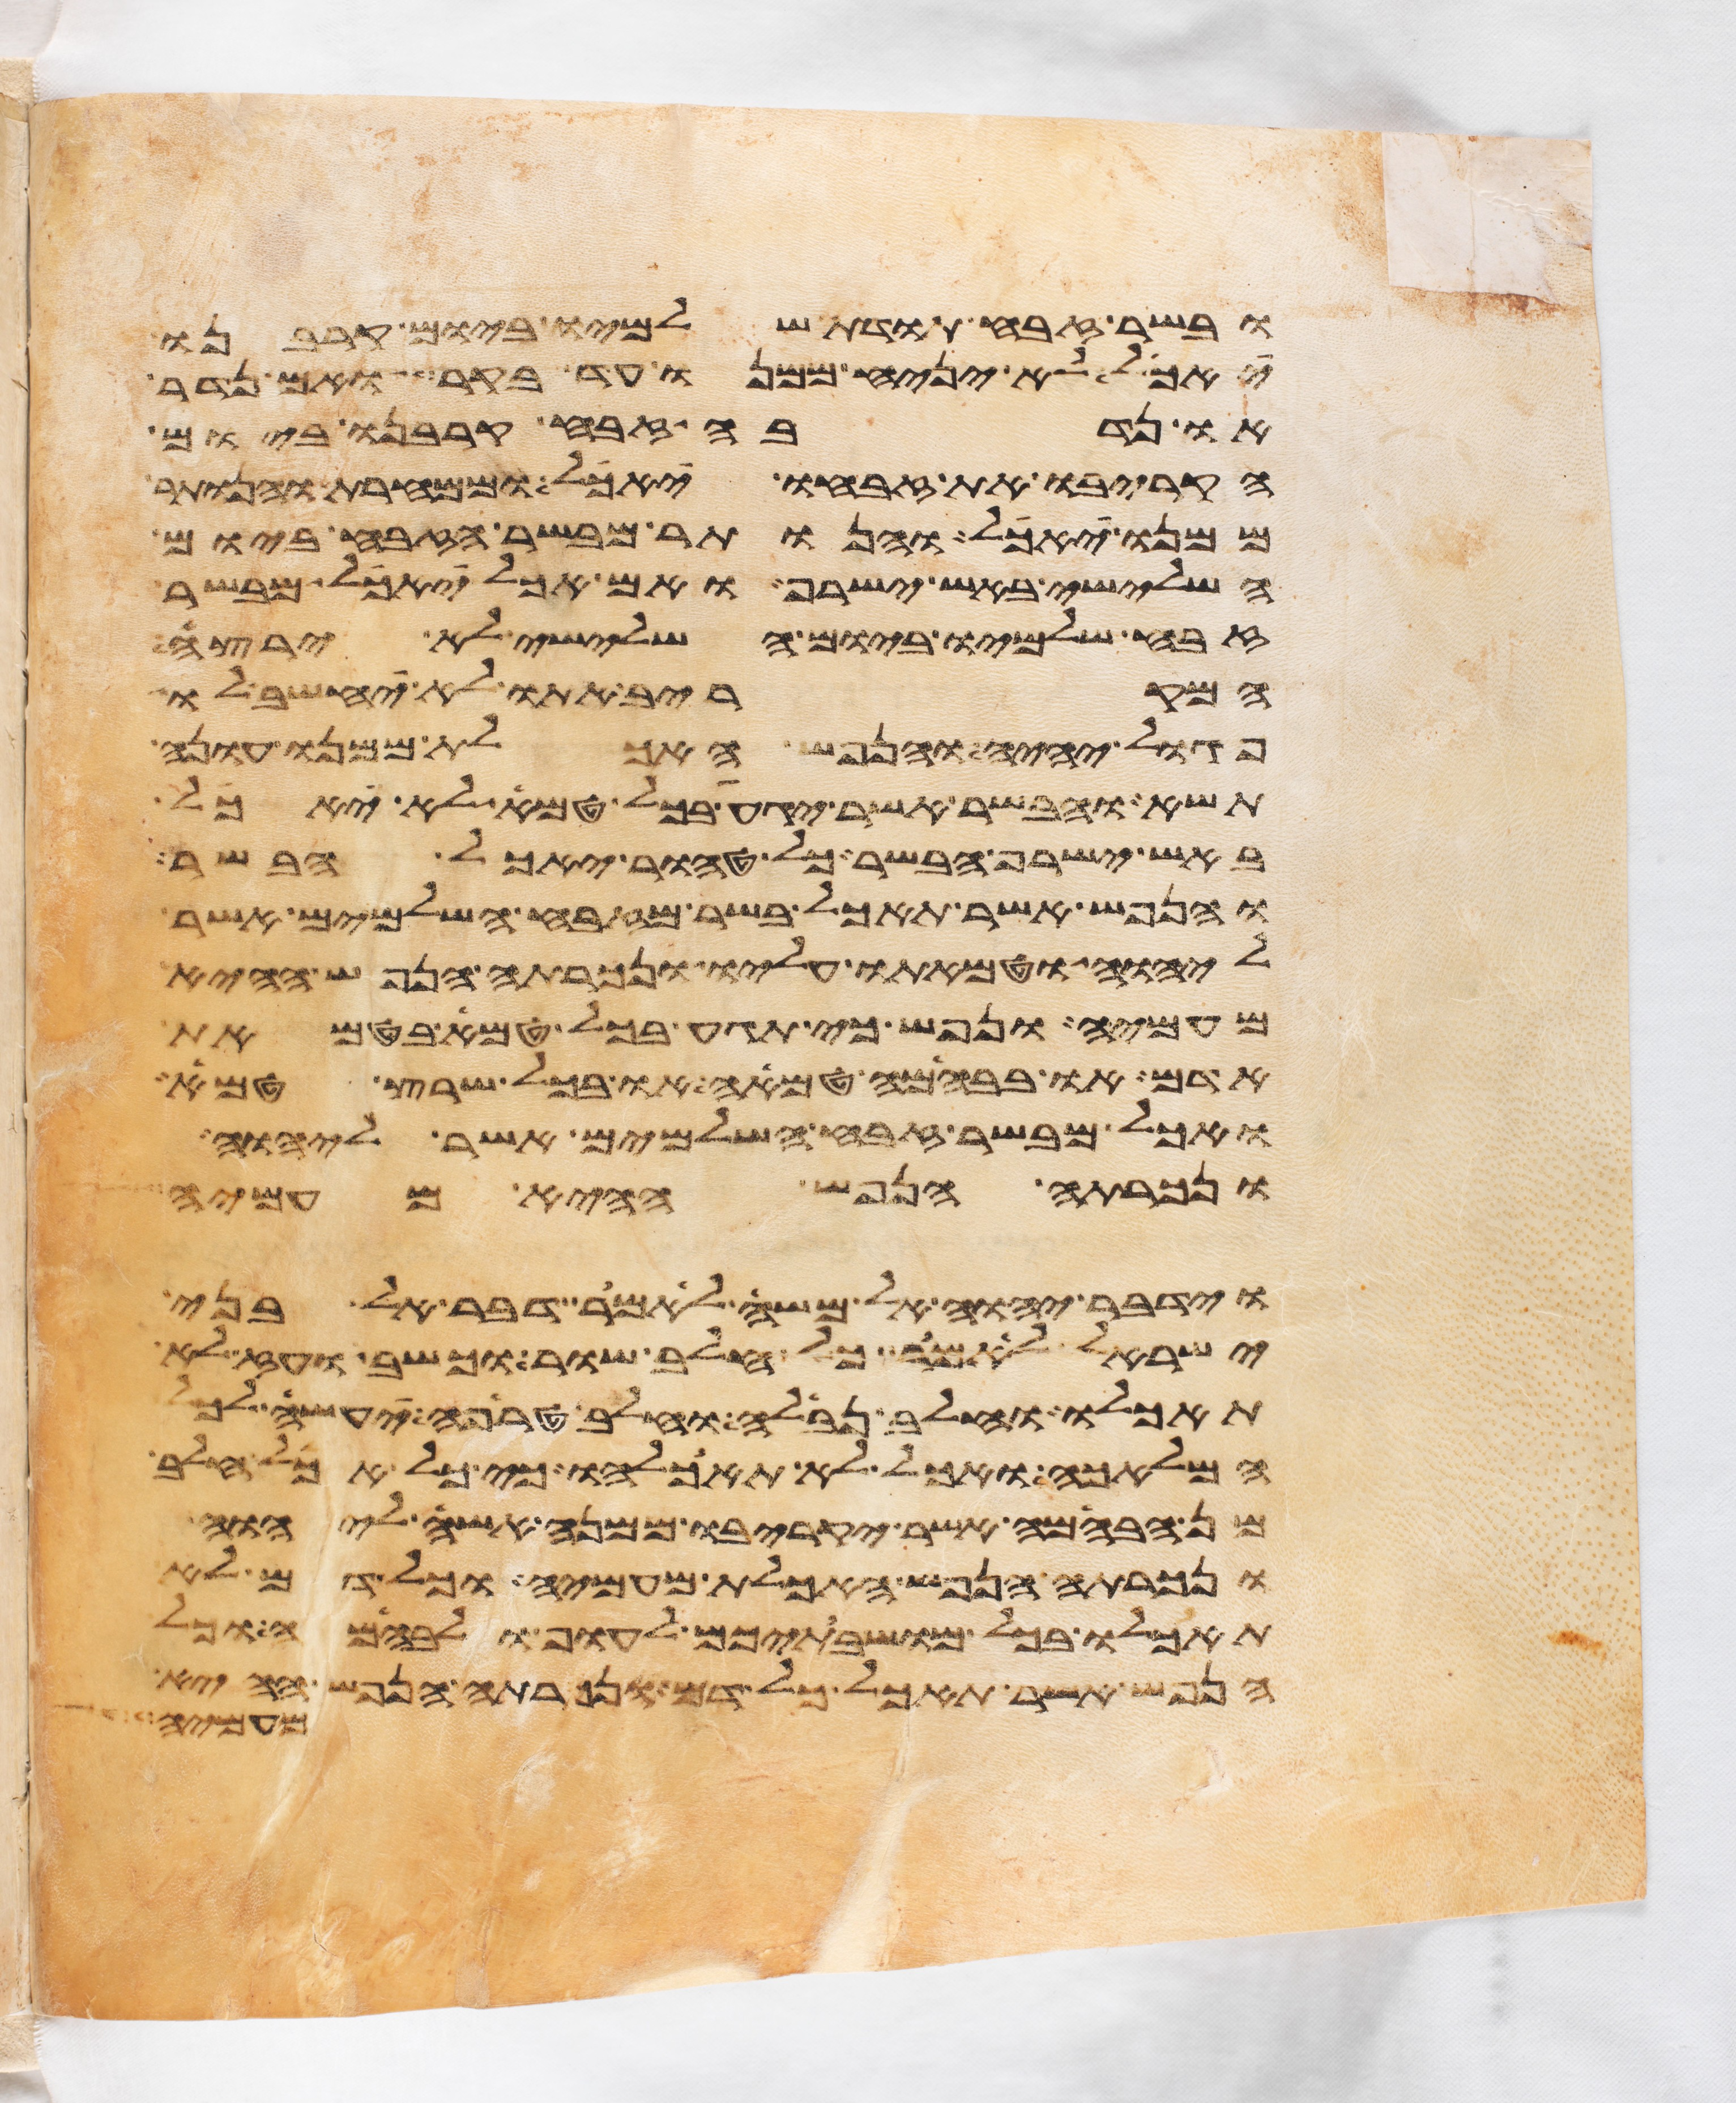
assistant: ובשר זבח תודת שלמיו ביום קרבנו
יאכל לא יניח ממנו עד בקר ואם נדר
או נדבה זבח קרבנו ביום
הקריבו את זבחו יאכל וממחרת והנותר
ממנו יאכל והנותר מבשר הזבח ביום
השלישי באש ישרף ואם אכל יאכל מבשר
זבח שלמיו ביום השלישי לא ירצה
המקריב אתו לא יחשב לו
פגול יהיה והנפש האכלת ממנו עונה
תשא והבשר אשר יגע בכל טמא לא יאכל
באש ישרף הבשר כל טהור יאכל בשר
והנפש אשר תאכל בשר מזבח השלמים אשר
ליהוה וטמאתו עליו ונכרתה הנפש ההיא
מעמיה ונפש כי תגע בכל טמא בטמאת
אדם או בבהמה טמאה או בכל שרץ טמא
ואכל מבשר זבח השלמים אשר ליהוה
ונכרתה הנפש ההיא מעמיה
וידבר יהוה אל משה לאמר דבר אל בני
ישראל לאמר כל חלב שור וכשב ועז לא
תאכלו וחלב נבלה וחלב טרפה יעשה לכל
המלאכה ואכל לא תאכלהו כי כל אכל חלב
מן הבהמה אשר יקריבו ממנה אשה ליהוה
ונכרתה הנפש האכלת מעמיה וכל דם לא
תאכלו בכל מושבתיכם לעוף ולבהמה וכל
הנפש אשר תאכל כל דם ונכרתה הנפש ההיא
מעמיה